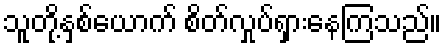
သူတို့နှစ်ယောက် စိတ်လှုပ်ရှားနေကြသည်။